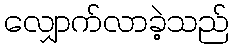
လျှောက်လာခဲ့သည်